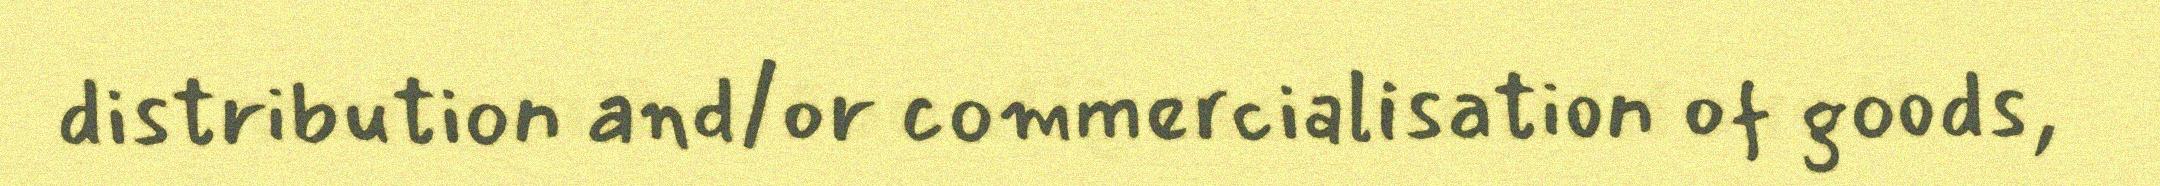
distribution and/or commercialisation of goods,